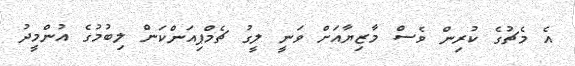
އެ މެޗުގެ ކުރިން ވެސް މާޒިޔާއަށް ވަނީ ލީގު ޗެމްޕިއަންކަން ލިބުމުގެ އުންމީދު